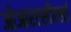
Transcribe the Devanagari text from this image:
ओआरएसीएलई